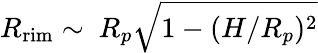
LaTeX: R_{\mathrm{rim}}\sim~R_{p}\sqrt{1-(H/R_{p})^{2}}